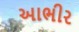
આભીર